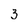
Character: 3